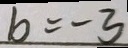
b = - 3